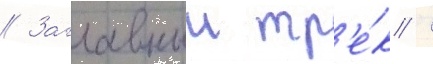
// Заглавныи тр'е́к /